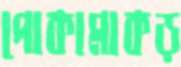
পোকামাকড়